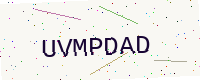
Text: UVMPDAD